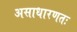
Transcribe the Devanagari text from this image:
असाधारणतः